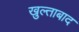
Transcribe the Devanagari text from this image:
खुल्ताबाद